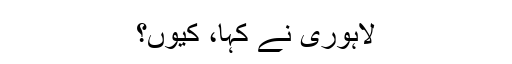
لاہوری نے کہا، کیوں؟